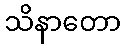
သိနာတော